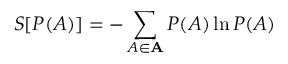
S [ P ( A ) ] = - \sum _ { A \in \mathbf { A } } P ( A ) \ln P ( A )